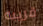
قريبه